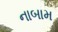
નાબામ